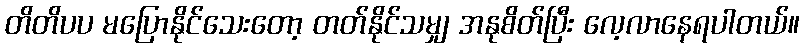
တိတိပပ မပြောနိုင်သေးတော့ တတ်နိုင်သမျှ အနုစိတ်ပြီး လေ့လာနေရပါတယ်။